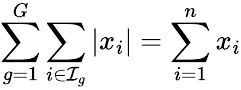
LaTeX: \sum_{g=1}^{G}\sum_{i\in\mathcal{I}_{g}}|x_{i}|=\sum_{i=1}^{n}x_{i}